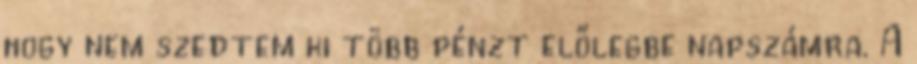
hogy nem szedtem ki több pénzt előlegbe napszámra. A